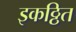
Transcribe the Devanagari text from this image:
इकठ्ठित